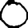
Digit: 0